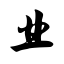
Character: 业